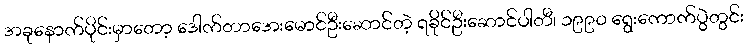
အခုနောက်ပိုင်းမှာတော့ ဒေါက်တာအေးမောင်ဦးဆောင်တဲ့ ရခိုင်ဦးဆောင်ပါတီ၊ ၁၉၉၀ ရွေးကောက်ပွဲတွင်း